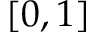
[ 0 , 1 ]